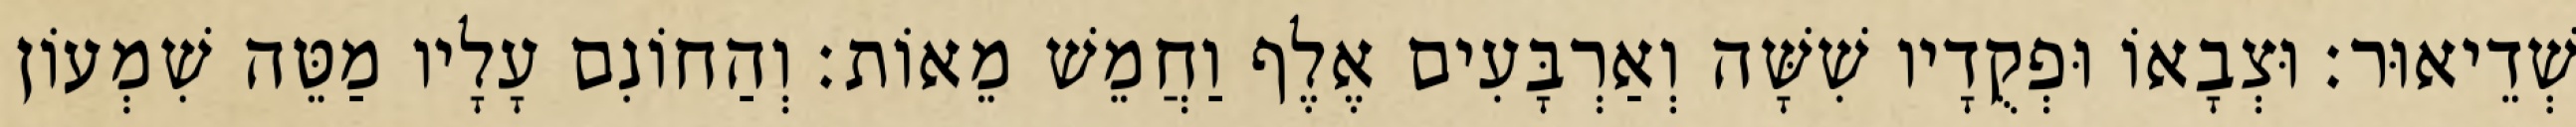
שְׁדֵיאוּר׃ וּצְבָאוֹ וּפְקֻדָיו שִׁשָּׁה וְאַרְבָּעִים אֶלֶף וַחֲמֵשׁ מֵאוֹת׃ וְהַחוֹנִם עָלָיו מַטֵּה שִׁמְעוֹן